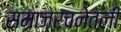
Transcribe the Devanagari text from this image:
समाजरचनेतली